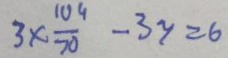
3 \times \frac { 1 0 4 } { 7 0 } - 3 y = 6